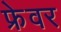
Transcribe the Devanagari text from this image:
फ्रेवर